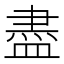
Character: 盡